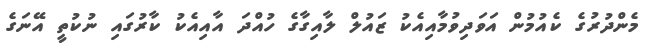
މެންދުރުގެ ކެއުމުން އަވަދިވުމާއިއެކު ޒައުލް ލާއިގާގެ ހުއްދަ އާއިއެކު ކާރުގައި ނުކުތީ އޭނަގެ